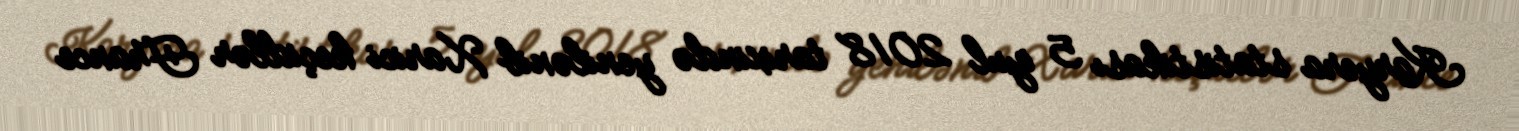
Karyera statistikası 5 iyul 2018 tarixində yenilənib Xarici keçidlər France